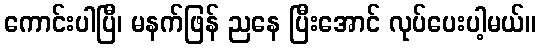
ကောင်းပါပြီ၊ မနက်ဖြန် ညနေ ပြီးအောင် လုပ်ပေးပါ့မယ်။